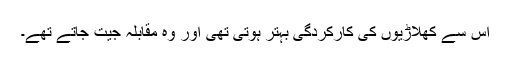
اس سے کھلاڑیوں کی کارکردگی بہتر ہوتی تھی اور وہ مقابلہ جیت جاتے تھے۔